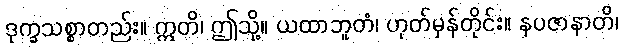
ဒုက္ခသစ္စာတည်း။ ဣတိ၊ ဤသို့။ ယထာဘူတံ၊ ဟုတ်မှန်တိုင်း။ နပဇာနာတိ၊